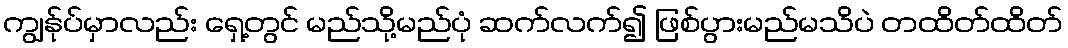
ကျွန်ုပ်မှာလည်း ရှေ့တွင် မည်သို့မည်ပုံ ဆက်လက်၍ ဖြစ်ပွားမည်မသိပဲ တထိတ်ထိတ်